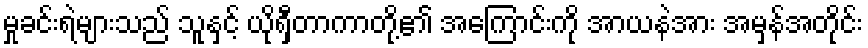
မှုခင်းရဲများသည် သူနှင့် ယိုရှီတာကာတို့၏ အကြောင်းကို အာယနဲအား အမှန်အတိုင်း